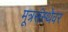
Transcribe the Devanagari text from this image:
मूत्रसंस्थेवर